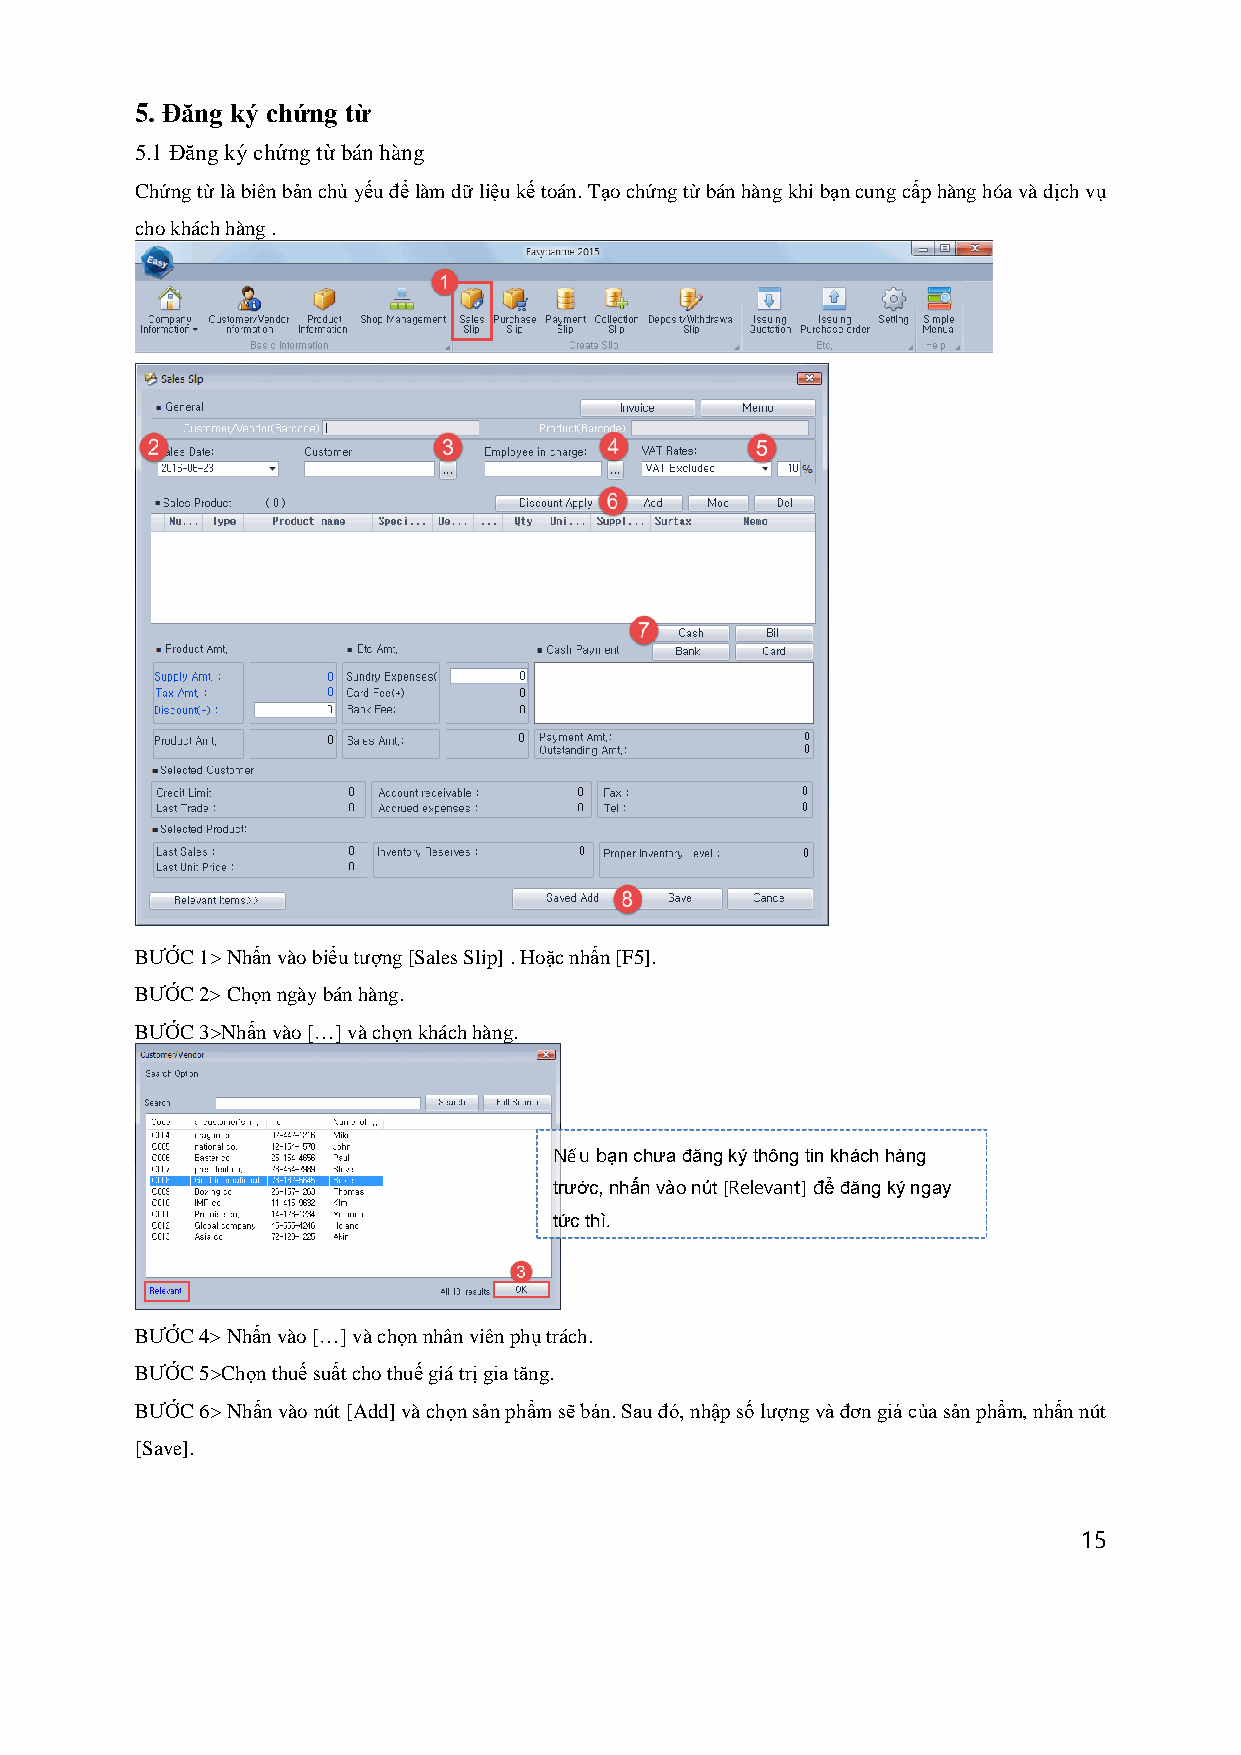
5. Đăng ký chứng từ
 5.1 Đăng ký chứng từ bán hàng
 Chứng từ là biên bản chủ yếu để làm dữ liệu kế toán. Tạo chứng từ bán hàng khi bạn cung cấp hàng hóa và dịch vụ
 cho khách hàng .
 BƯỚC 1> Nhấn vào biểu tượng [Sales Slip] . Hoặc nhấn [F5].
 BƯỚC 2> Chọn ngày bán hàng.
 BƯỚC 3>Nhấn vào […] và chọn khách hàng.
 Nếu bạn chưa đăng ký thông tin khách hàng
 trước, nhấn vào nút [Relevant] để đăng ký ngay
 tức thì.
 BƯỚC 4> Nhấn vào […] và chọn nhân viên phụ trách.
 BƯỚC 5>Chọn thuế suất cho thuế giá trị gia tăng.
 BƯỚC 6> Nhấn vào nút [Add] và chọn sản phẩm sẽ bán. Sau đó, nhập số lượng và đơn giá của sản phẩm, nhấn nút
 [Save].
 15